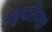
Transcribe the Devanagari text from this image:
उजुपतिपन्नो